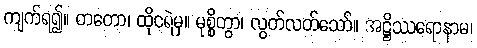
ကျက်ရ၍။ တတော၊ ထိုငရဲမှ။ မုစ္စိတွာ၊ လွတ်လတ်သော်။ အဋ္ဌိဿရောနာမ၊